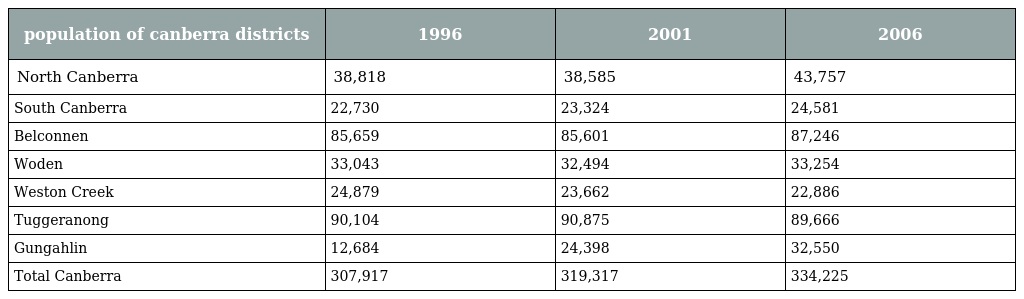
| population of canberra districts | 1996 | 2001 | 2006 |
 | --- | --- | --- | --- |
 | North Canberra | 38,818 | 38,585 | 43,757 |
 | South Canberra | 22,730 | 23,324 | 24,581 |
 | Belconnen | 85,659 | 85,601 | 87,246 |
 | Woden | 33,043 | 32,494 | 33,254 |
 | Weston Creek | 24,879 | 23,662 | 22,886 |
 | Tuggeranong | 90,104 | 90,875 | 89,666 |
 | Gungahlin | 12,684 | 24,398 | 32,550 |
 | Total Canberra | 307,917 | 319,317 | 334,225 |